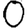
Digit: 0